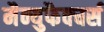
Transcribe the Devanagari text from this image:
मैन्युफैक्चर्स